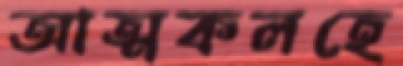
আত্মকলহে